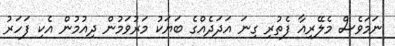
ނަމަވެސް މެލޭރިއާ ފެތުރި ގިނަ އަދަދެއްގެ ބަޔަކު މަރުވަމުން ދިއުމުން އެކި ފަހަރު